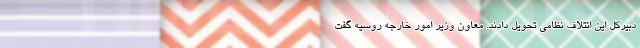
دبیرکل این ائتلاف نظامی تحویل دادند. معاون وزیر امور خارجه روسیه گفت